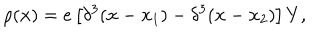
LaTeX: \rho ( { \bf x } ) = e \left[ \delta ^ { 3 } ( { \bf x } - { \bf x _ { \mathrm { 1 } } } ) - \delta ^ { 3 } ( { \bf x } - { \bf x _ { \mathrm { 2 } } } ) \right] Y ,